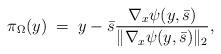
LaTeX: \begin{align*} \pi_{\Omega}(y)\;=\;y - \bar{s} \frac{\nabla_x\psi(y,\bar{s})}{\|\nabla_x\psi(y,\bar{s})\|_2},\end{align*}